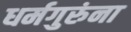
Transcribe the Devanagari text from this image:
धर्मगुरुंना